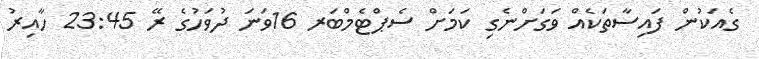
ގެއަކުން ފައިސާތަކެއް ވަގަށްނެގި ކަމަށް ސެޕްޓެމްބަރ 16ވަނަ ދުވަހުގެ ރޭ 23:45 ހާއިރު